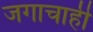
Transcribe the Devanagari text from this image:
जगाचाही